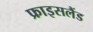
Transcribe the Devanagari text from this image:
फ्राइसलैंड